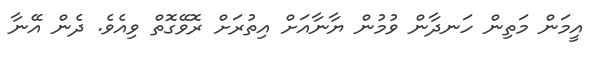
އީމަން މަތިން ހަނދާން ވުމުން ޔާނާއަށް އިތުރަށް ރޮވޭގޮތް ވިއެވެ. ދެން އޭނާ